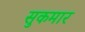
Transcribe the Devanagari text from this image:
सुकमार